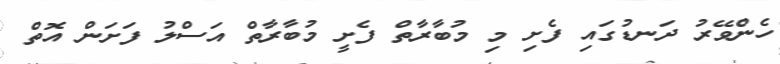
ހެންވޭރު ދަނޑުގައި ފެށި މި މުބާރާތް ފެށީ މުބާރާތް އަސްލު ފަށަން އޮތް